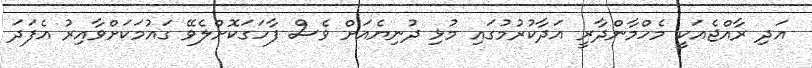
އަދި ރާއްޖެއަކީ މެހްމާންދާރީ އަދާކުރުމުގައި މުޅި ދުނިޔެއަށް ވެސް ފާހަގަކޮށްލެވޭ ގައުމަކަށްވާއިރު އެފަދަ